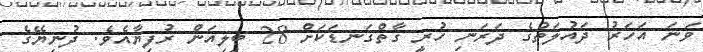
ވަނަ އަހަރު ދައުލަތުގެ ދަރަނި ހުރީ ގާތްގަނޑަކަށް 28 ބިލިއަން ރުފިޔާއެވެ. ދުނިޔޭގެ